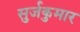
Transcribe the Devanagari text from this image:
सुर्जकुमार